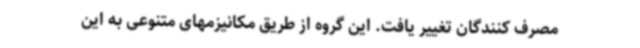
مصرف کنندگان تغییر یافت. این گروه از طریق مکانیزمهای متنوعی به این